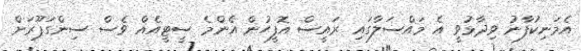
އެމަނިކުފާނު ވިދާޅުވީ އެ މައްސަލާގައި ރައީސް އޮފީހުން އެންމެ ސީޓީއެއް ވެސް ސިންގަޕޫރަށް